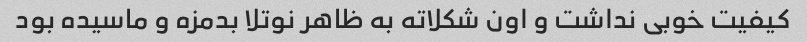
کیفیت خوبی نداشت و اون شکلاته به ظاهر نوتلا بدمزه و ماسیده بود